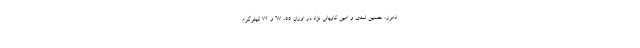
ادمرز، حسین اسدی و امین کاویانی نژاد در اوزان ۵۵، ۶۷ و ۷۲ کیلوگرم